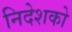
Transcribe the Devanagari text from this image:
निदेशको